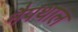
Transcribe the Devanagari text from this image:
नैपथाल